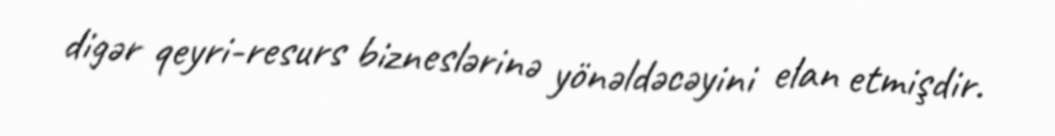
digər qeyri-resurs bizneslərinə yönəldəcəyini elan etmişdir.